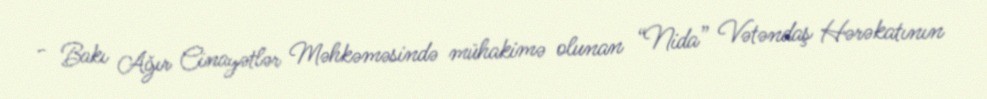
- Bakı Ağır Cinayətlər Məhkəməsində mühakimə olunan “Nida” Vətəndaş Hərəkatının